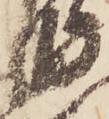
衛